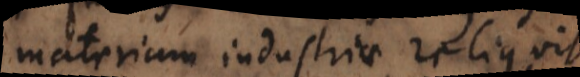
materiam industriae reliquit